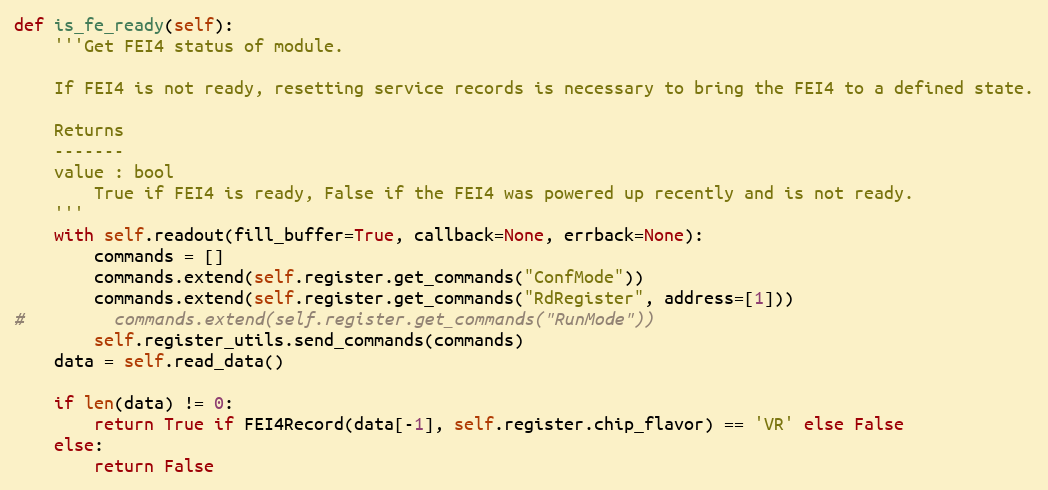
Language: Python
def is_fe_ready(self):
    '''Get FEI4 status of module.

    If FEI4 is not ready, resetting service records is necessary to bring the FEI4 to a defined state.

    Returns
    -------
    value : bool
        True if FEI4 is ready, False if the FEI4 was powered up recently and is not ready.
    '''
    with self.readout(fill_buffer=True, callback=None, errback=None):
        commands = []
        commands.extend(self.register.get_commands("ConfMode"))
        commands.extend(self.register.get_commands("RdRegister", address=[1]))
#         commands.extend(self.register.get_commands("RunMode"))
        self.register_utils.send_commands(commands)
    data = self.read_data()

    if len(data) != 0:
        return True if FEI4Record(data[-1], self.register.chip_flavor) == 'VR' else False
    else:
        return False